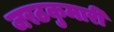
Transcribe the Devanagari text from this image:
जरठकुमारी